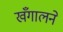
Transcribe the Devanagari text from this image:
खँगालने